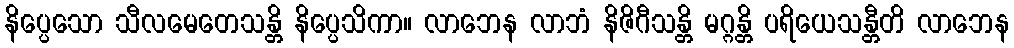
နိပ္ပေသော သီလမေတေသန္တိ နိပ္ပေသိကာ။ လာဘေန လာဘံ နိဇိဂီသန္တိ မဂ္ဂန္တိ ပရိယေသန္တီတိ လာဘေန